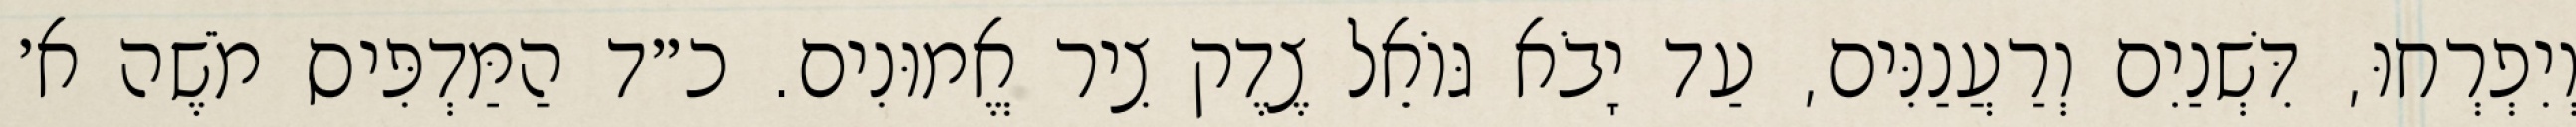
וְיִפְרְחוּ, דִּשְׁנַיִם וְרַעֲנַנִּים, עַד יָבֹא גּוֹאֵל צֶדֶק צִיר אֱמוּנִים. כ״ד הַמַּדְפִּיס מֹשֶׁה א׳